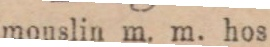
mouslin m. m. hos